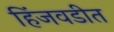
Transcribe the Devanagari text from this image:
हिंजवडीत